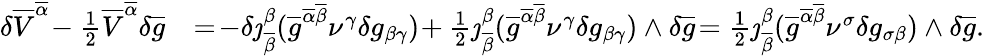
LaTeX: \begin{array}{rl}{\delta\overline{{V}}^{\overline{{\alpha}}}\! -\frac{1}{2}\overline{{V}}^{\overline{{\alpha}}}\delta\overline{{g}}}&{=\! -\delta\jmath_{\overline{{\beta}}}^{\beta}(\overline{{g}}^{\overline{{\alpha}}\overline{{\beta}}}\nu^{\gamma}\delta g_{\beta\gamma})\! +\frac{1}{2}\jmath_{\overline{{\beta}}}^{\beta}(\overline{{g}}^{\overline{{\alpha}}\overline{{\beta}}}\nu^{\gamma}\delta g_{\beta\gamma})\wedge\delta\overline{{g}}\! =\frac{1}{2}\jmath_{\overline{{\beta}}}^{\beta}(\overline{{g}}^{\overline{{\alpha}}\overline{{\beta}}}\nu^{\sigma}\delta g_{\sigma\beta})\wedge\delta\overline{{g}}.}\end{array}